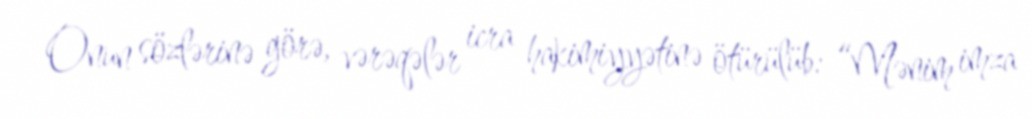
Onun sözlərinə görə, vərəqələr icra hakimiyyətinə ötürülüb: “Mənim imza